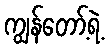
ကျွန်တော့်ရဲ့